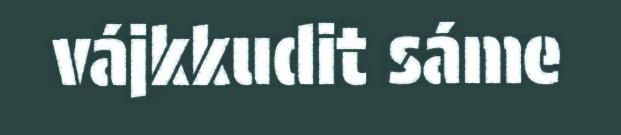
vájkkudit sáme